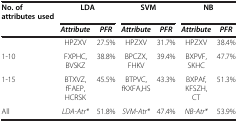
<table><thead><tr><td><b>No. of attributes used</b></td><td colspan="2"><b>LDA</b></td><td colspan="2"><b>SVM</b></td><td colspan="2"><b>NB</b></td></tr><tr><td><b> </b></td><td><b><i>Attribute</i></b></td><td><b><i>PFR</i></b></td><td><b><i>Attribute</i></b></td><td><b><i>PFR</i></b></td><td><b><i>Attribute</i></b></td><td><b><i>PFR</i></b></td></tr></thead><tbody><tr><td> </td><td>HPZXV</td><td>27.5%</td><td>HPZXV</td><td>31.7%</td><td>HPZXV</td><td>38.4%</td></tr><tr><td>1-10</td><td>FXPHC,BVSKZ</td><td>38.8%</td><td>BPCZX,FHKV</td><td>39.4%</td><td>BXPVF,SKHC</td><td>47.7%</td></tr><tr><td>1-15</td><td>BTXVZ,fFAEP,HCRSK</td><td>45.5%</td><td>BTPVC,fKXFA,HS</td><td>43.3%</td><td>BXPAf,KFSZH,CT</td><td>51.3%</td></tr><tr><td>All</td><td><i>LDA-Atr*</i></td><td>51.8%</td><td><i>SVM-Atr*</i></td><td>47.4%</td><td><i>NB-Atr*</i></td><td>53.9%</td></tr></tbody></table>